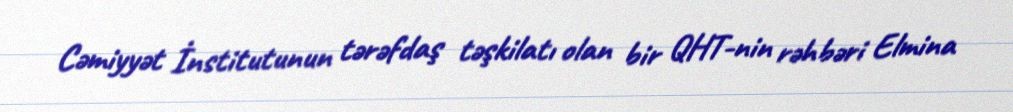
Cəmiyyət İnstitutunun tərəfdaş təşkilatı olan bir QHT-nin rəhbəri Elmina